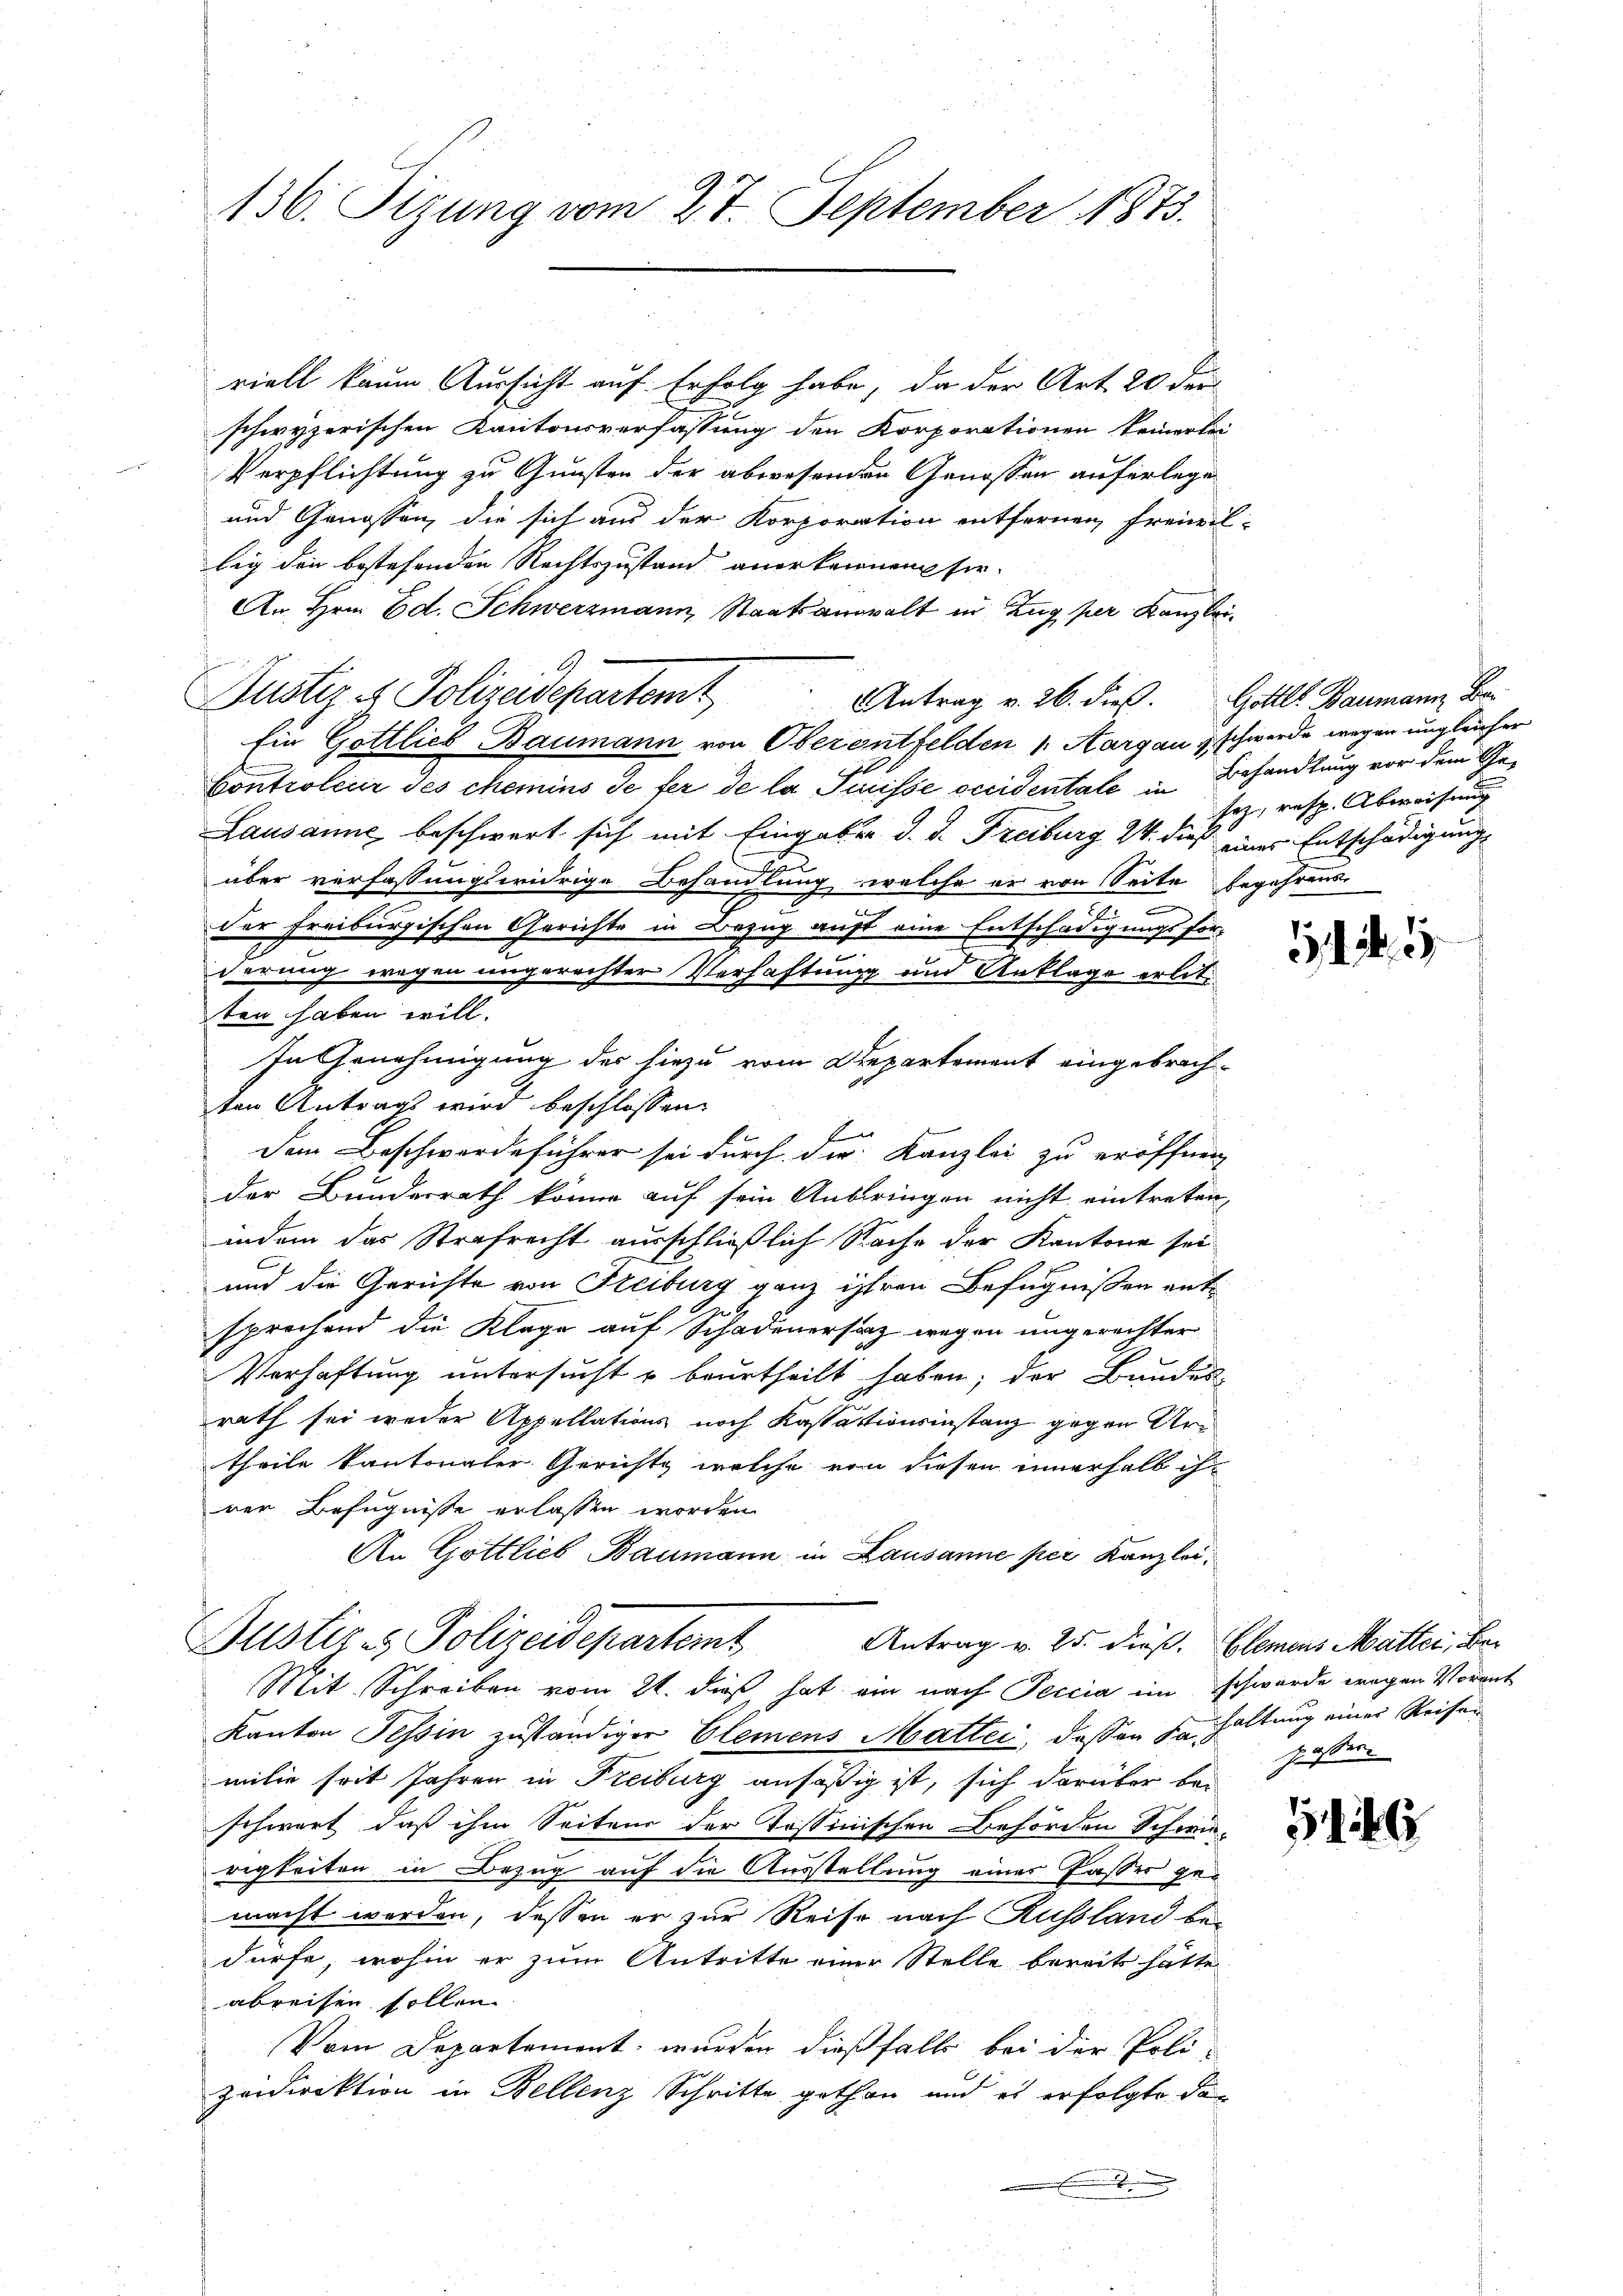
136. Sizung vom 27. September 1873.

riell kaum Aussicht auf Erfolg habe, da der Art. 20 der
schwyzerischen Kantonsverfassung den Korporationen keinerlei
Verpflichtung zu Gunsten der abwesenden Genossen auferlege
und Genossen, die sich aus der Korporation entfernen, freiwil
lig den bestehenden Rechtszustand anerkennen sie
An Hrn. Ed. Schwerzmann, Staatsanwalt in Zug per Kanzlei¬
Ein Gottlieb Baumann von Oberentfelden 1. Margau schwerde wegen ungleicher
Kontroleur des chemins de fer de la Puisse occidentale in Behandlung vor dem Ge¬
Lausanne beschwert sich mit Eingaben d. d. Freiburg 24. dieß eines Entschädigung
über verfassungswidrige Behandlung, welche er von Seite begehrens
der Freiburgischen Gerichte in Bezug auf eine Entschädigungsforderung wegen ungerechter Verhaftung und Anklage erlitten haben will.
In Genehmigung des hiezu vom Departement eingebrachten Antrags wird beschlossen:
E
Dem Beschwerdeführer sei durch die Kanzlei zu eröffnen,
der Bundesrath könne auf sein Anbringen nicht eintreten,
indem das Strafrecht ausschließlich Sache der Kantone sei
und die Gerichte von Freiburg ganz ihren Befugnissen entsprechend die Klage auf Schadenersatz wegen ungerechter
Verhaftung untersucht u beurtheilt haben; der Bauder
rath sei weder Appellations noch Kastationsinstanz gegen Urtheile kantonaler Gerichts welche von diesen innerhalb ihrer Befugnisse erlassen worden.
An Gottlieb Baumann in Lausanne per Kanzlei
Justiz- & Polizeidepartemt
Antrag v. 25. dieß. Elemens Matter, Bei
Mit Schreiben vom 21. dieß hat ein nach Peccia im schwerde wegen Vorrat
Kanton Tessin zuständiger Elemens Mattei, dassen zu haltung einer Reisen
milie seit Jahren in Freiburg ansäßig ist, sich darüber bei
schwert, daß ihm Seitens der Tessinischen Behörden Schwi-
rigkeiten in Bezug auf die Ausstellung einer Passer gemacht werden, dessen er zur Reise nach Russland bedürfe, wohin er zum Antritte einer Stelle bereits hätte
abreisen sollen.
Vom Departement, wurden dießfalls bei der Poli-
peidirektion in Bellenz Schritte gethan und es erfolgte dan
.

Jun
G
Bustiz- & Polizeidepartemt
Antrag v. 26. dieß. Gottl. Baumann Ber

sez, resp. Abweisung

.5

pässer.

146